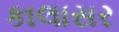
કાલાસર